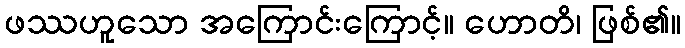
ဖဿဟူသော အကြောင်းကြောင့်။ ဟောတိ၊ ဖြစ်၏။